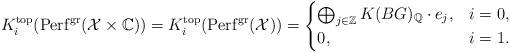
LaTeX: \begin{align*} K_i^{\mathrm{top}}(\mathrm{Perf}^{\mathrm{gr}}(\mathcal{X} \times \mathbb{C})) =K_i^{\mathrm{top}}(\mathrm{Perf}^{\mathrm{gr}}(\mathcal{X}))= \begin{cases}\bigoplus_{j\in \mathbb{Z}} K(BG)_{\mathbb{Q}} \cdot e_j, & i=0, \\ 0, & i=1. \end{cases}\end{align*}